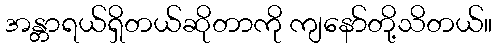
အန္တာရယ်ရှိတယ်ဆိုတာကို ကျနော်တို့သိတယ်။